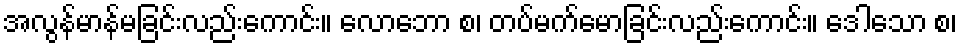
အလွန်မာန်မခြင်းလည်းကောင်း။ လောဘော စ၊ တပ်မက်မောခြင်းလည်းကောင်း။ ဒေါသော စ၊